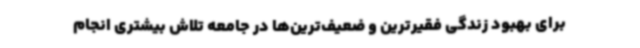
برای بهبود زندگی فقیرترین و ضعیف‌ترین‌ها در جامعه تلاش بیشتری انجام